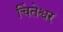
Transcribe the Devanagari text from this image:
चिंतेश्वर